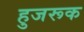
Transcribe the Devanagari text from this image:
हुजरूक